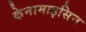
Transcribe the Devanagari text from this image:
केनामाइसिन